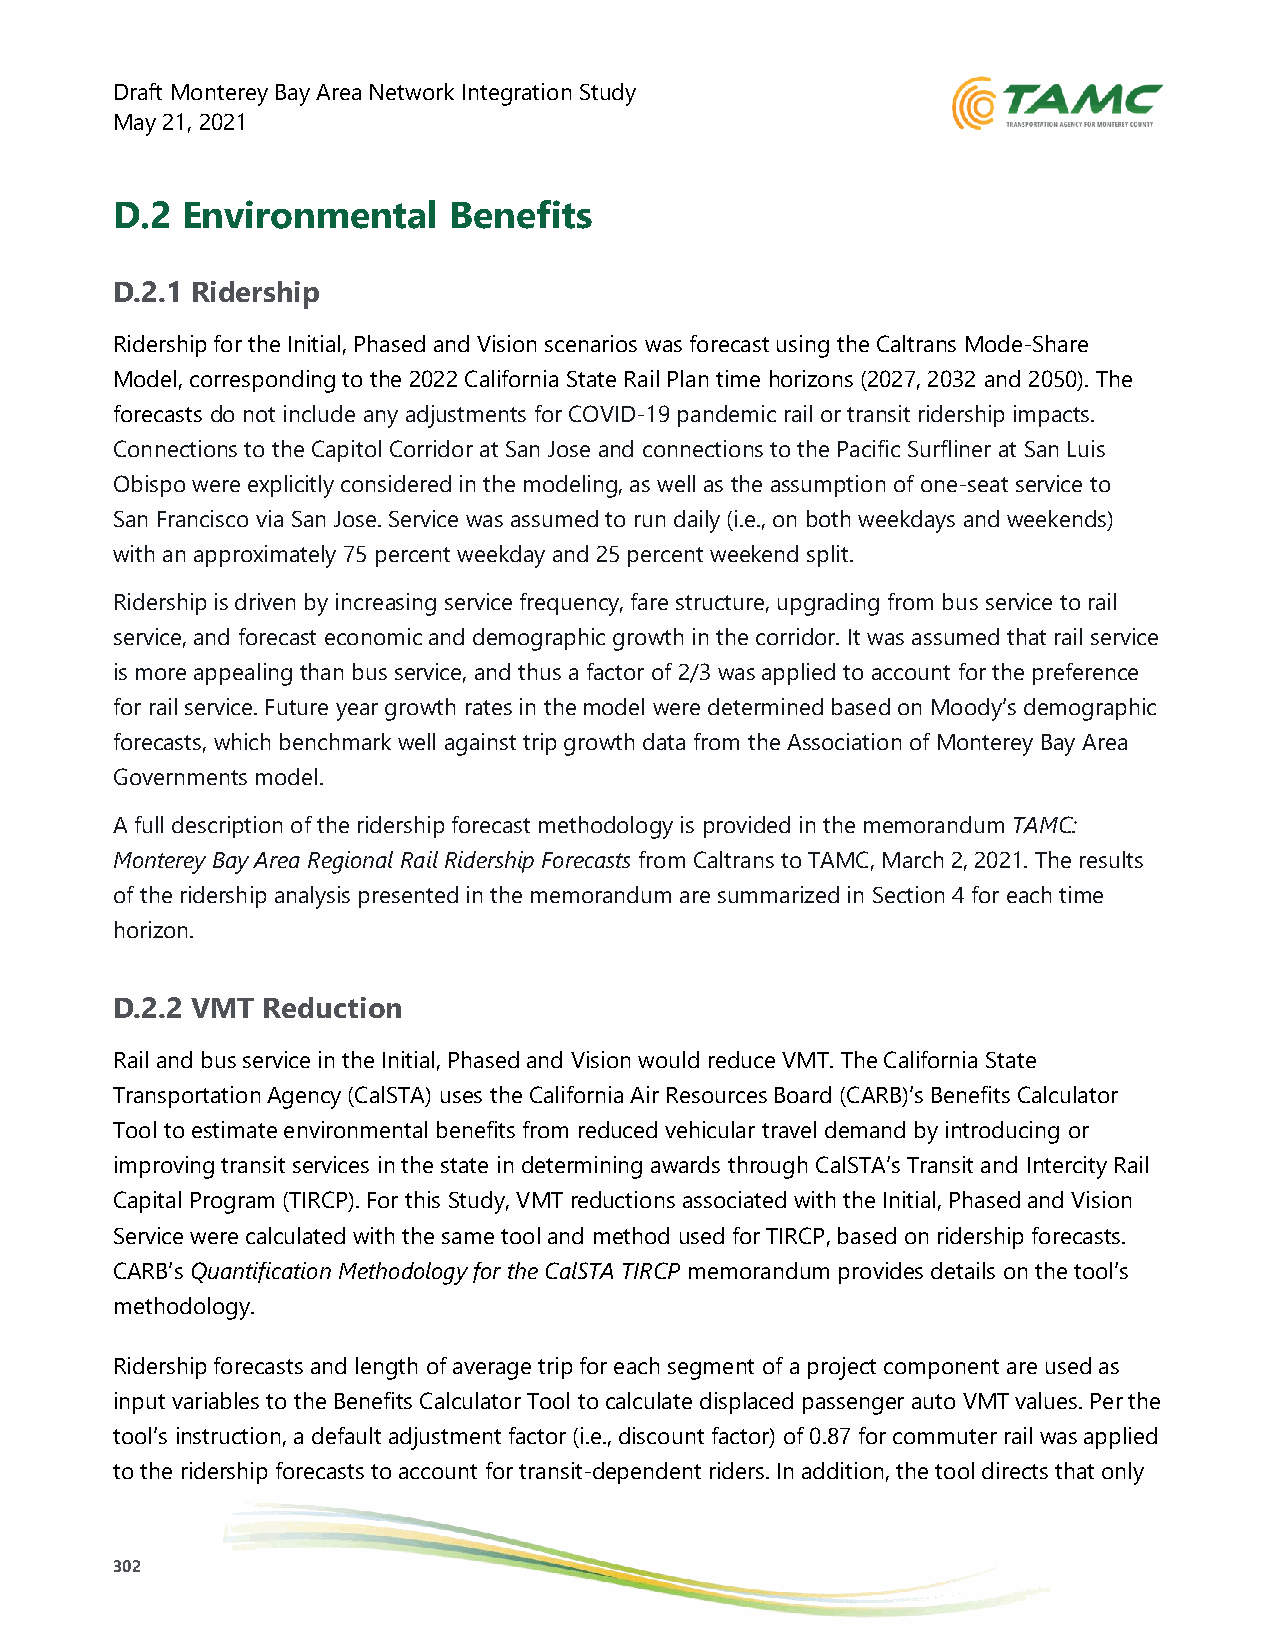
Draft Monterey Bay Area Network Integration Study
 May 21, 2021
 D.2  Environmental     Benefits
 D.2.1 Ridership
 Ridership for the Initial, Phased and Vision scenarios was forecast using the Caltrans Mode-Share
 Model, corresponding to the 2022 California State Rail Plan time horizons (2027, 2032 and 2050). The
 forecasts do not include any adjustments for COVID-19 pandemic rail or transit ridership impacts.
 Connections to the Capitol Corridor at San Jose and connections to the Pacific Surfliner at San Luis
 Obispo were explicitly considered in the modeling, as well as the assumption of one-seat service to
 San Francisco via San Jose. Service was assumed to run daily (i.e., on both weekdays and weekends)
 with an approximately 75 percent weekday and 25 percent weekend split.
 Ridership is driven by increasing service frequency, fare structure, upgrading from bus service to rail
 service, and forecast economic and demographic growth in the corridor. It was assumed that rail service
 is more appealing than bus service, and thus a factor of 2/3 was applied to account for the preference
 for rail service. Future year growth rates in the model were determined based on Moody’s demographic
 forecasts, which benchmark well against trip growth data from the Association of Monterey Bay Area
 Governments model.
 A full description of the ridership forecast methodology is provided in the memorandum TAMC:
 Monterey Bay Area Regional Rail Ridership Forecasts from Caltrans to TAMC, March 2, 2021. The results
 of the ridership analysis presented in the memorandum are summarized in Section 4 for each time
 horizon.
 D.2.2 VMT Reduction
 Rail and bus service in the Initial, Phased and Vision would reduce VMT. The California State
 Transportation Agency (CalSTA) uses the California Air Resources Board (CARB)’s Benefits Calculator
 Tool to estimate environmental benefits from reduced vehicular travel demand by introducing or
 improving transit services in the state in determining awards through CalSTA’s Transit and Intercity Rail
 Capital Program (TIRCP). For this Study, VMT reductions associated with the Initial, Phased and Vision
 Service were calculated with the same tool and method used for TIRCP, based on ridership forecasts.
 CARB’s Quantification Methodology for the CalSTA TIRCP memorandum provides details on the tool’s
 methodology.
 Ridership forecasts and length of average trip for each segment of a project component are used as
 input variables to the Benefits Calculator Tool to calculate displaced passenger auto VMT values. Per the
 tool’s instruction, a default adjustment factor (i.e., discount factor) of 0.87 for commuter rail was applied
 to the ridership forecasts to account for transit-dependent riders. In addition, the tool directs that only
 302